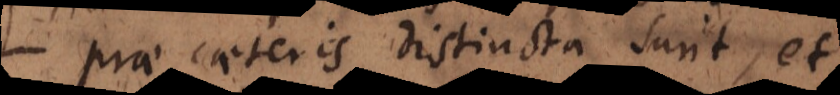
prae caeteris distincta sunt, et